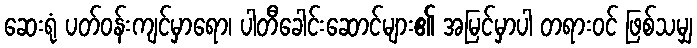
ဆေးရုံ ပတ်ဝန်းကျင်မှာရော၊ ပါတီခေါင်းဆောင်များ၏ အမြင်မှာပါ တရားဝင် ဖြစ်သမျှ